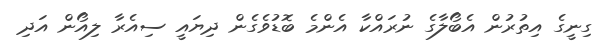
ގިނީގެ އިތުރުން އެބޯލާގެ ނުރައްކާ އެންމެ ބޮޑުވެގެން ދިޔައީ ސިއެރާ ލިއޯން އަދި